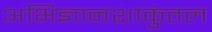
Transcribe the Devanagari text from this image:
अभिज्ञानशाकुंतल